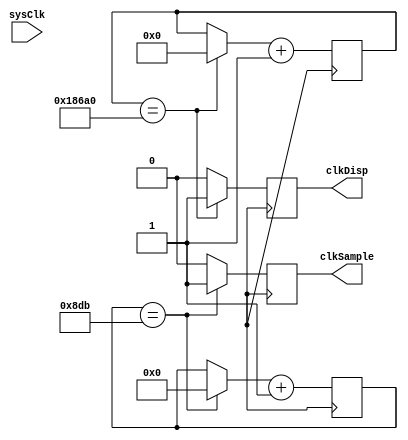
module clock(
    sysClk, clkSample, clkDisp
    );

    input sysClk;
    output clkSample;
    output clkDisp;

    reg [11:0] divSamp; //2267
    reg [19:0] divDisp; //100000
    
    initial begin
        divSamp = 0;
        divDisp = 0;
    end
    
    always @ (posedge sysclk) begin
        if(divSamp == 2267) begin
            divSamp = 0;
            clkSample = 1;
        end else clkSample = 0;
        
        if(divDisp == 100000) begin
            divDisp = 0;
            clkDisp = 1;
        end else clkDisp = 0;
        
        divDisp = divDisp + 1;
        divSamp = divSamp + 1;
    end
    
endmodule